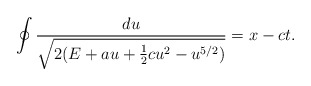
\begin{align*}\oint\frac{du}{\sqrt{2(E+au+\frac{1}{2}cu^2-u^{5/2})}}=x-ct.\end{align*}